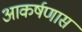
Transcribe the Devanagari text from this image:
आकर्षणास